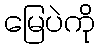
မြေပဲကို